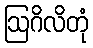
ဩဂိလိတုံ